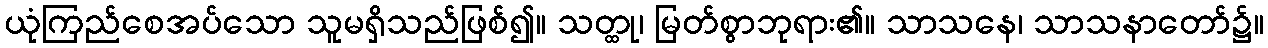
ယုံကြည်စေအပ်သော သူမရှိသည်ဖြစ်၍။ သတ္ထု၊ မြတ်စွာဘုရား၏။ သာသနေ၊ သာသနာတော်၌။